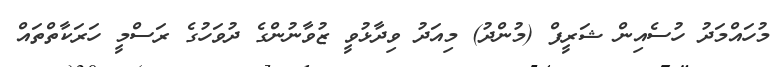
މުހައްމަދު ހުސެއިން ޝަރީފް (މުންދު) މިއަދު ވިދާޅުވީ ޒުވާނުންގެ ދުވަހުގެ ރަސްމީ ހަރަކާތްތައް